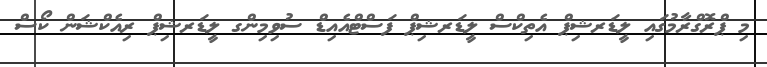
މި ޕްރޮގްރާމުގައި ލީޑަރޝިޕް އެތިކްސް ލީޑަރޝިޕް ފަސްޓްއެއިޑް ސުވިމިންގ ލީޑަރޝިޕް ރިއެކްޝަން ކޯސް